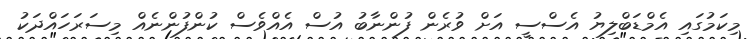
މިކަމުގައި އެމްޑަބްލިޔު އެސްސީ އަށް ވުރެން ފުންނާބު އުސް އެއްވެސް ކުންފުންނެއް މިސަރަހައްދަކު